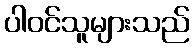
ပါဝင်သူများသည်